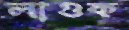
লাগুক